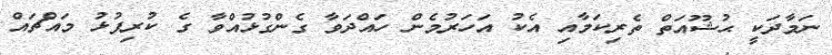
ނަމާދަކީ ޙުޝޫއަތް ތެރިކަމާއި އެކު އަހަރުމެން ހައްދަވާ ގެންގުޅުއްވާ ގެ ކުރިފުޅު މައްޗައް